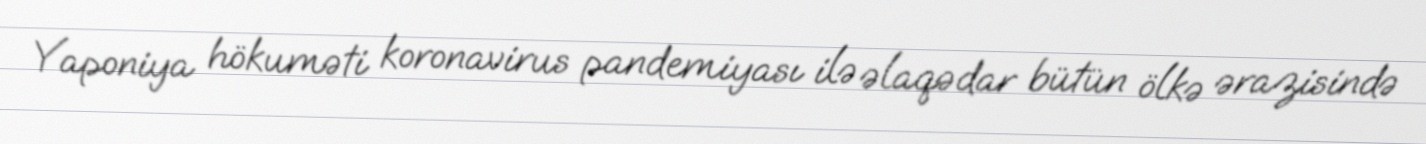
Yaponiya hökuməti koronavirus pandemiyası ilə əlaqədar bütün ölkə ərazisində